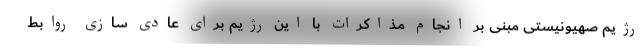
رژیم صهیونیستی مبنی بر انجام مذاکرات با این رژیم برای عادی سازی روابط